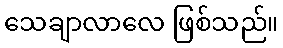
သေချာလာလေ ဖြစ်သည်။